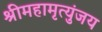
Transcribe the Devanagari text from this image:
श्रीमहामृत्युंजय